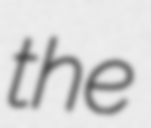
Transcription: the